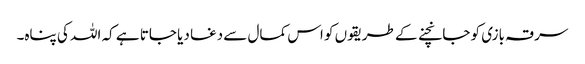
سرقہ بازی کو جانچنے کے طریقوں کو اس کمال سے دغا دیا جاتا ہے کہ اللہ کی پناہ۔